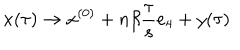
x ( \tau ) \rightarrow x ^ { ( 0 ) } + n \beta \frac { \tau } { s } e _ { 4 } + y ( \tau )